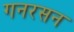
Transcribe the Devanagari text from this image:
गनरसन